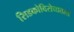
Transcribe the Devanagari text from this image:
सिडकोविरोधातला